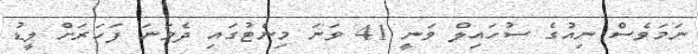
ނަމަވެސް ނިއުގެ ސުހައިލް ވަނީ 41 ވަނަ މިނެޓުގައި ދެވަނަ ފަހަރަށް ލީޑު